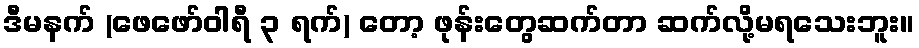
ဒီမနက် (ဖေဖော်ဝါရီ ၃ ရက်) တော့ ဖုန်းတွေဆက်တာ ဆက်လို့မရသေးဘူး။